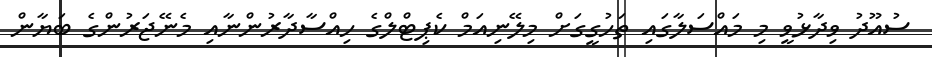
ސުއޫދު ވިދާޅުވީ މި މައްސަލާގައި ތަހުގީގަށް މިލޭނިއަމް ކެޕިޓްލްގެ ހިއްސާދާރުންނާއި މެނޭޖަރުންގެ ބަޔާން